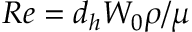
R e = d _ { h } W _ { 0 } \rho / \mu